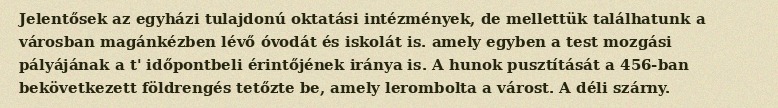
Jelentősek az egyházi tulajdonú oktatási intézmények, de mellettük találhatunk a városban magánkézben lévő óvodát és iskolát is. amely egyben a test mozgási pályájának a t' időpontbeli érintőjének iránya is. A hunok pusztítását a 456-ban bekövetkezett földrengés tetőzte be, amely lerombolta a várost. A déli szárny.